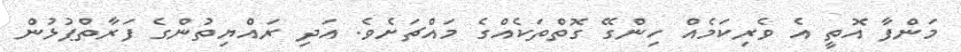
މަންފާ އޮތީ އެ ވެރިކަމެއް ހިންގޭ ގޮތްތަކެއްގެ މައްޗަށެވެ. އަދި ރައްޔިތުންގެ ފަރާތްޕުޅުން